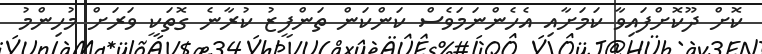
ކޮށް ދޫކޮށްފައިވާ ކަމަށާއި އެހެންނަމަވެސް ކަންކަން ތަންފީޒު ކުރާނެ ގޮތަކީ ވަރަށް މުހިންމު